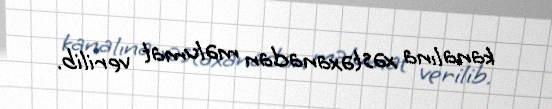
kanalına xəstəxanadan məlumat verilib.